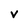
Character: V